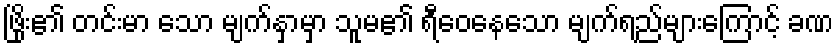
ဖြိုး၏ တင်းမာ သော မျက်နှာမှာ သူမ၏ ရီဝေနေသော မျက်ရည်များကြောင့် ခဏ